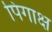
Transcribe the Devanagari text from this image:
पिंगाक्ष